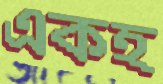
একহ